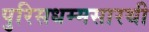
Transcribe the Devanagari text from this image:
पुरिसधम्मसारथी